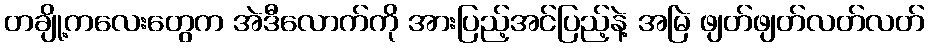
တချို့ကလေးတွေက အဲဒီလောက်ကို အားပြည့်အင်ပြည့်နဲ့ အမြဲ ဖျတ်ဖျတ်လတ်လတ်